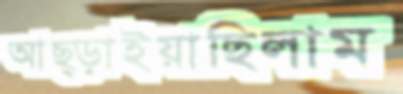
আছ্‌ড়াইয়াছিলাম